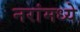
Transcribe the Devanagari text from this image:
नरांमध्ये